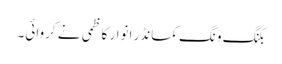
بکنگ ونگ کمانڈر انوار کاظمی نے کروائی۔